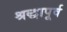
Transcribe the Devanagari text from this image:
श्रद्धापूर्व